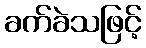
ခက်ခဲသဖြင့်